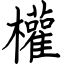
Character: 權